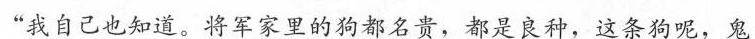
“我自己也知道。将军家里的狗都名贵，都是良种，这条狗呢，鬼